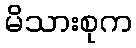
မိသားစုက